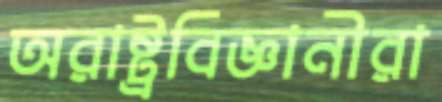
অরাষ্ট্রবিজ্ঞানীরা